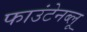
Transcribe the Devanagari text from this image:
फाउंटेनब्‍लू